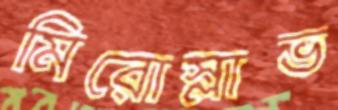
মিরোস্লাভ